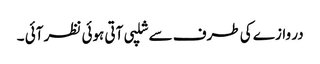
در وازے کی طرف سے شلپی آتی ہوئی نظر آئی ۔